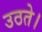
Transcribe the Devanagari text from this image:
उठते।